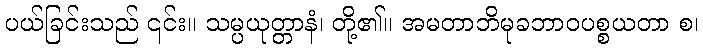
ပယ်ခြင်းသည် ၎င်း။ သမ္ပယုတ္တာနံ၊ တို့၏။ အမတာဘိမုခဘာဝပစ္စယတာ စ၊